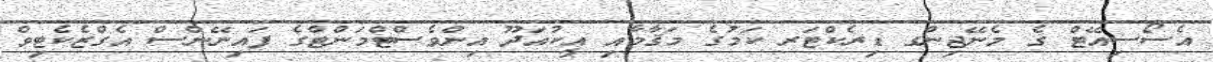
އެސޯސިއޭޓް ގެ މެނޭޖިންގ ޑިރެކްޓަރ ކަމުގެ މަޤާމާއި އީކުއަދޫ އިންވެސްޓްމަންޓްގެ ފައިނޭންސް އެގްޒެކެޓިވް